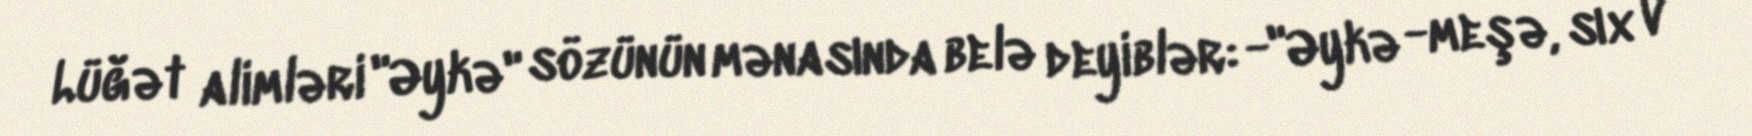
Lüğət alimləri "Əykə" sözünün mənasında belə deyiblər: -"Əykə -meşə, sıx v